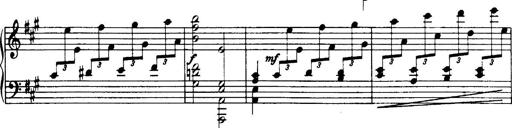
Title: 3 Sonatinas, Op.67
Composer: Jean Sibelius